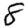
Digit: 8